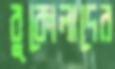
বুকোলাদের